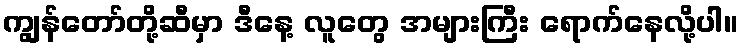
ကျွန်တော်တို့ဆီမှာ ဒီနေ့ လူတွေ အများကြီး ရောက်နေလို့ပါ။